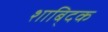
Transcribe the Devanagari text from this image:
शाबि्दक